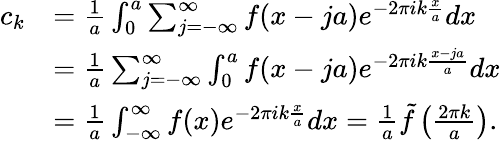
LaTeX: \begin{array}{rl}{c_{k}}&{=\frac{1}{a}\int_{0}^{a}\sum_{j=-\infty}^{\infty}f(x-ja)e^{-2\pi ik\frac{x}{a}}dx}\\ &{=\frac{1}{a}\sum_{j=-\infty}^{\infty}\int_{0}^{a}f(x-ja)e^{-2\pi ik\frac{x-ja}{a}}dx}\\ &{=\frac{1}{a}\int_{-\infty}^{\infty}f(x)e^{-2\pi ik\frac{x}{a}}dx=\frac{1}{a}\tilde{f}\left(\frac{2\pi k}{a}\right).}\end{array}